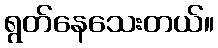
ရွတ်နေသေးတယ်။